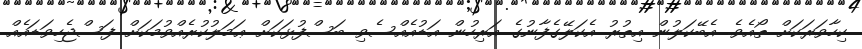
ކިހާވަރަކަށް ތޯއެވެ. އެބޭކަލުން އިތުރު އެކަލޭގެފާނުގެ އަރިހުން އަޑުއެއްސެވި ބަސްފުޅަކަށް ޢަމަލުކުރެއްވުމަކަށް ފަސްޖެހިވަޑައެއް